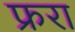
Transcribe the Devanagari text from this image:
फ्ररा